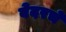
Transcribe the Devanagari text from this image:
बेदरचे